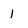
Character: 1